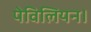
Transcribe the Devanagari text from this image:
पेविलियन।